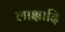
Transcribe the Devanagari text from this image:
लाक्षादि